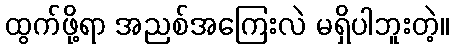
ထွက်ဖို့ရာ အညစ်အကြေးလဲ မရှိပါဘူးတဲ့။